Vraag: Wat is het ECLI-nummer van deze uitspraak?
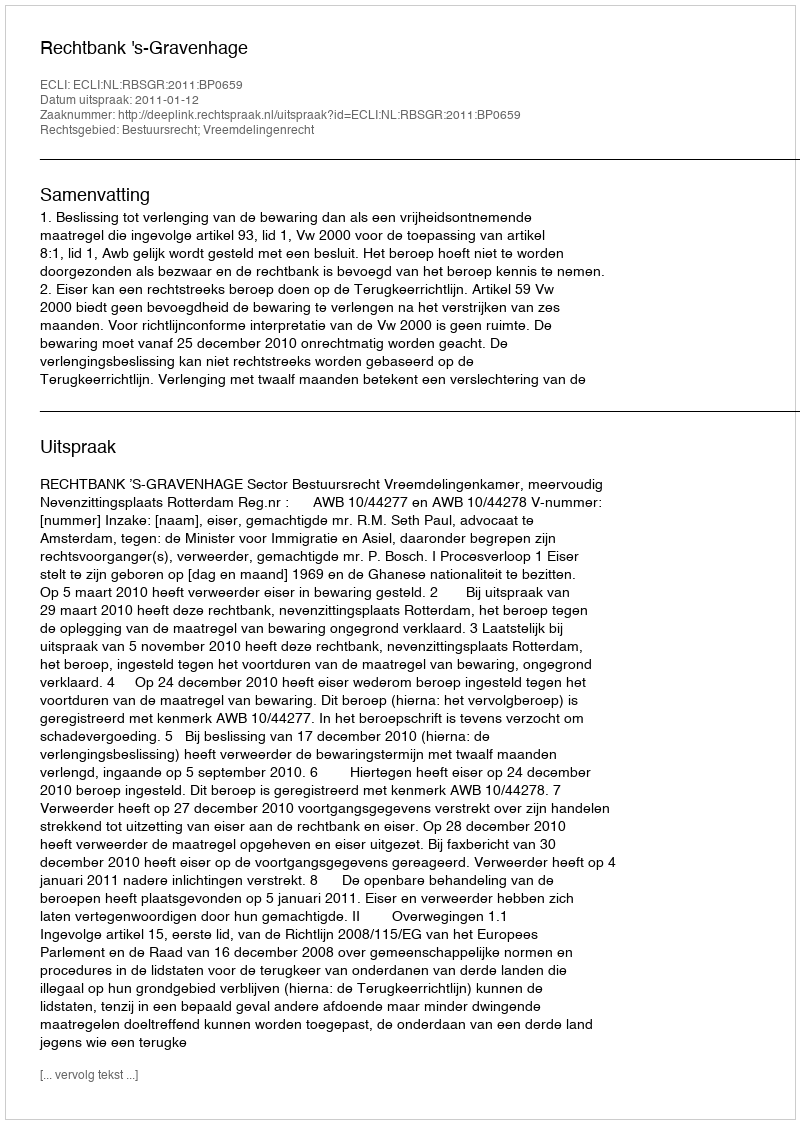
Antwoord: ECLI:NL:RBSGR:2011:BP0659